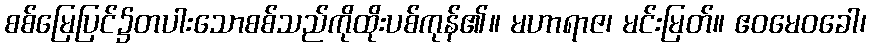
စစ်မြေပြင်၌တပါးသောစစ်သည်ကိုထိုးပစ်ကုန်၏။ မဟာရာဇ၊ မင်းမြတ်။ ဧဝမေဝခေါ၊